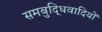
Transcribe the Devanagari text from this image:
समबुद्धिवादियों